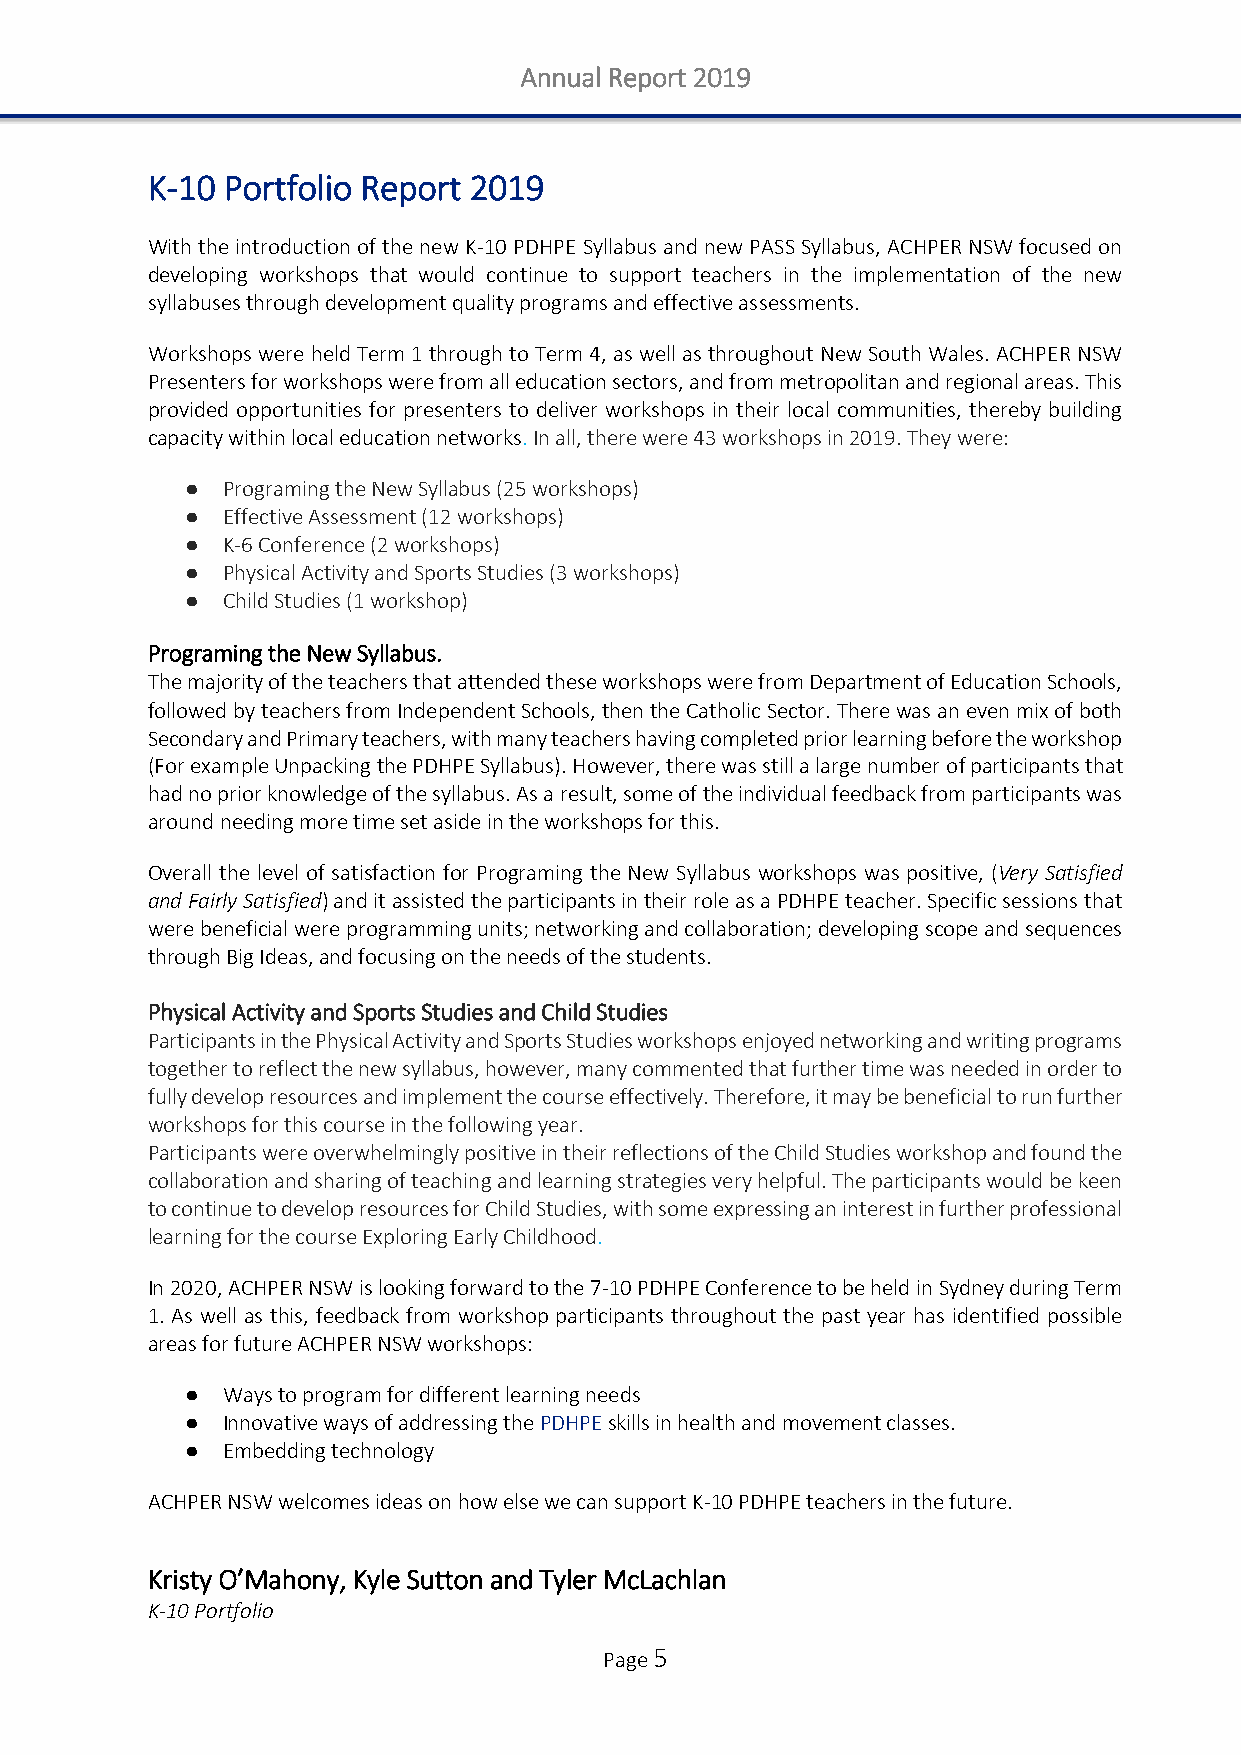
Annual Report 2019
 K-10 Portfolio Report 2019
 With the introduction of the new K-10 PDHPE Syllabus and new PASS Syllabus, ACHPER NSW focused on
 developing workshops that would continue to support teachers in the implementation of the new
 syllabuses through development quality programs and effective assessments.
 Workshops were held Term 1 through to Term 4, as well as throughout New South Wales. ACHPER NSW
 Presenters for workshops were from all education sectors, and from metropolitan and regional areas. This
 provided opportunities for presenters to deliver workshops in their local communities, thereby building
 capacity within local education networks. In all, there were 43 workshops in 2019. They were:
 ●  Programing the New Syllabus (25 workshops)
 ●  Effective Assessment (12 workshops)
 ●  K-6 Conference (2 workshops)
 ●  Physical Activity and Sports Studies (3 workshops)
 ●  Child Studies (1 workshop)
 Programing the New Syllabus.
 The majority of the teachers that attended these workshops were from Department of Education Schools,
 followed by teachers from Independent Schools, then the Catholic Sector. There was an even mix of both
 Secondary and Primary teachers, with many teachers having completed prior learning before the workshop
 (For example Unpacking the PDHPE Syllabus). However, there was still a large number of participants that
 had no prior knowledge of the syllabus. As a result, some of the individual feedback from participants was
 around needing more time set aside in the workshops for this.
 Overall the level of satisfaction for Programing the New Syllabus workshops was positive, (Very Satisfied
 and Fairly Satisfied) and it assisted the participants in their role as a PDHPE teacher. Specific sessions that
 were beneficial were programming units; networking and collaboration; developing scope and sequences
 through Big Ideas, and focusing on the needs of the students.
 Physical Activity and Sports Studies and Child Studies
 Participants in the Physical Activity and Sports Studies workshops enjoyed networking and writing programs
 together to reflect the new syllabus, however, many commented that further time was needed in order to
 fully develop resources and implement the course effectively. Therefore, it may be beneficial to run further
 workshops for this course in the following year.
 Participants were overwhelmingly positive in their reflections of the Child Studies workshop and found the
 collaboration and sharing of teaching and learning strategies very helpful. The participants would be keen
 to continue to develop resources for Child Studies, with some expressing an interest in further professional
 learning for the course Exploring Early Childhood.
 In 2020, ACHPER NSW is looking forward to the 7-10 PDHPE Conference to be held in Sydney during Term
 1. As well as this, feedback from workshop participants throughout the past year has identified possible
 areas for future ACHPER NSW workshops:
 ●  Ways to program for different learning needs
 ●  Innovative ways of addressing the PDHPE skills in health and movement classes.
 ●  Embedding technology
 ACHPER NSW welcomes ideas on how else we can support K-10 PDHPE teachers in the future.
 Kristy O’Mahony, Kyle Sutton and Tyler McLachlan
 K-10 Portfolio
 Page 5